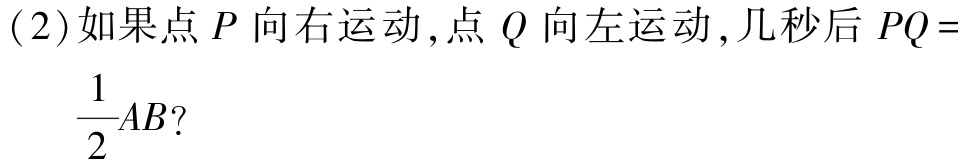
(2)如果点 \(P\) 向右运动,点 \(Q\) 向左运动,几秒后 \(PQ = \frac{1}{2}AB\)?